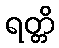
ရတ္တိ